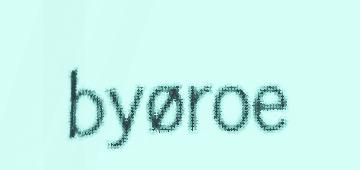
byøroe